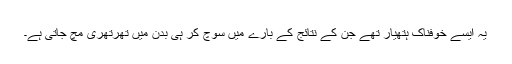
یہ ایسے خوفناک ہتھیار تھے جن کے نتائج کے بارے میں سوچ کر ہی بدن میں تھرتھری مچ جاتی ہے۔